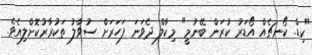
"ކިޑް. ކޯނޗެއް އޯޑަރު ކުރަން ބޭނުމީ" މިކާލް ދެވަނަ ފަހަރަށް ސުވާލު ތަކުރާރުކޮށްލިއެވެ.